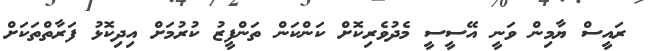
ރައީސް ޔާމިން ވަނީ އޭސީސީ މެދުވެރިކޮށް ކަންކަން ތަންފީޒު ކުރުމަށް އިދިކޮޅު ފަރާތްތަކަށް